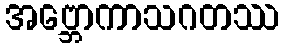
အဗ္ဘောကာသဂတဿ